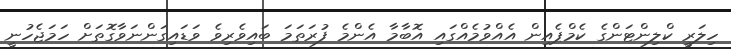
ހިލަރީ ކްލިންޓަންގެ ކެމްޕެއިން އެއްވުމެއްގައި އޮބާމާ އެންމެ ފުރަތަމަ ބައިވެރިވެ ވަޑައިގަންނަވާގޮތަށް ހަމަޖެހުނީ